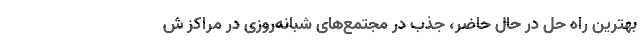
بهترین راه حل در حال حاضر، جذب در مجتمع‌های شبانه‌روزی در مراکز ش